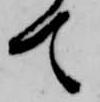
て